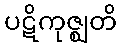
ပဋိကုဇ္ဈတိ